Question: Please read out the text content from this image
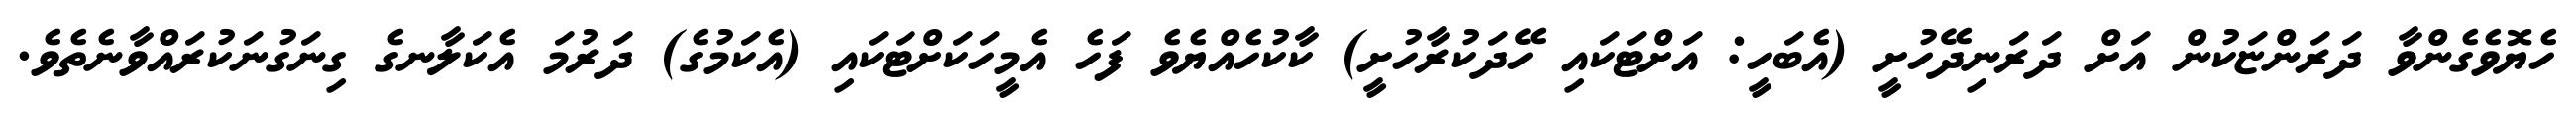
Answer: ހެޔޮވެގެންވާ ދަރަންޏަކުން އަށް ދަރަނިދޭހުށީ (އެބަހީ: އަށްޓަކައި ހޭދަކުރާހުށީ) ކާކުހެއްޔެވެ ފަހެ އެމީހަކަށްޓަކައި (އެކަމުގެ) ދަރުމަ އެކަލާނގެ ގިނަގުނަކުރައްވާނެތެވެ.